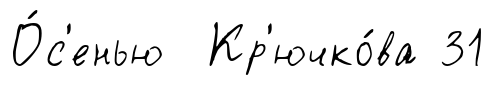
О́с'енью Кр'ючко́ва 31